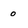
Character: o